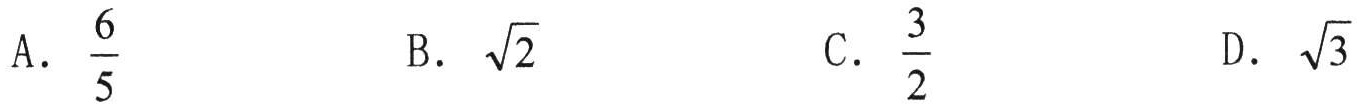
A. $\frac{6}{5}$
B. $\sqrt{2}$
C. $\frac{3}{2}$
D. $\sqrt{3}$